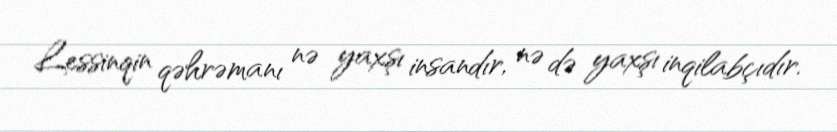
Lessinqin qəhrəmanı nə yaxşı insandır, nə də yaxşı inqilabçıdır.